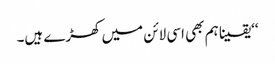
‘‘یقینا ہم بھی اسی لائن میں کھڑے ہیں۔